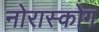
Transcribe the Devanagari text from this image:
नोरास्कोग